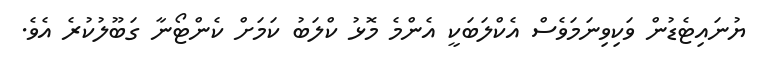
ޔުނައިޓެޑުން ވަކިވިނަމަވެސް އެކްލަބަކީ އެންމެ މޮޅު ކްލަބު ކަމަށް ކެންޓޯނާ ގަބޫލުކުރެ އެވެ.